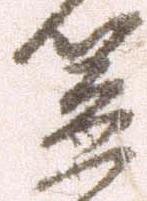
笠